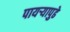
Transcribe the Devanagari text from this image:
पायऱ्यापुढे